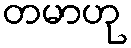
တမာဟု